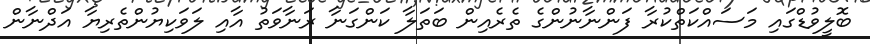
ބޮލީވުޑްގައި މަސައްކަތްކުރާ ފަންނާނުންގެ ތެރެއިން ބަތަލާ ކަންގަނާ ރަނާވަތު އާއި ލަވަކިޔުންތެރިޔާ އަދްނާން